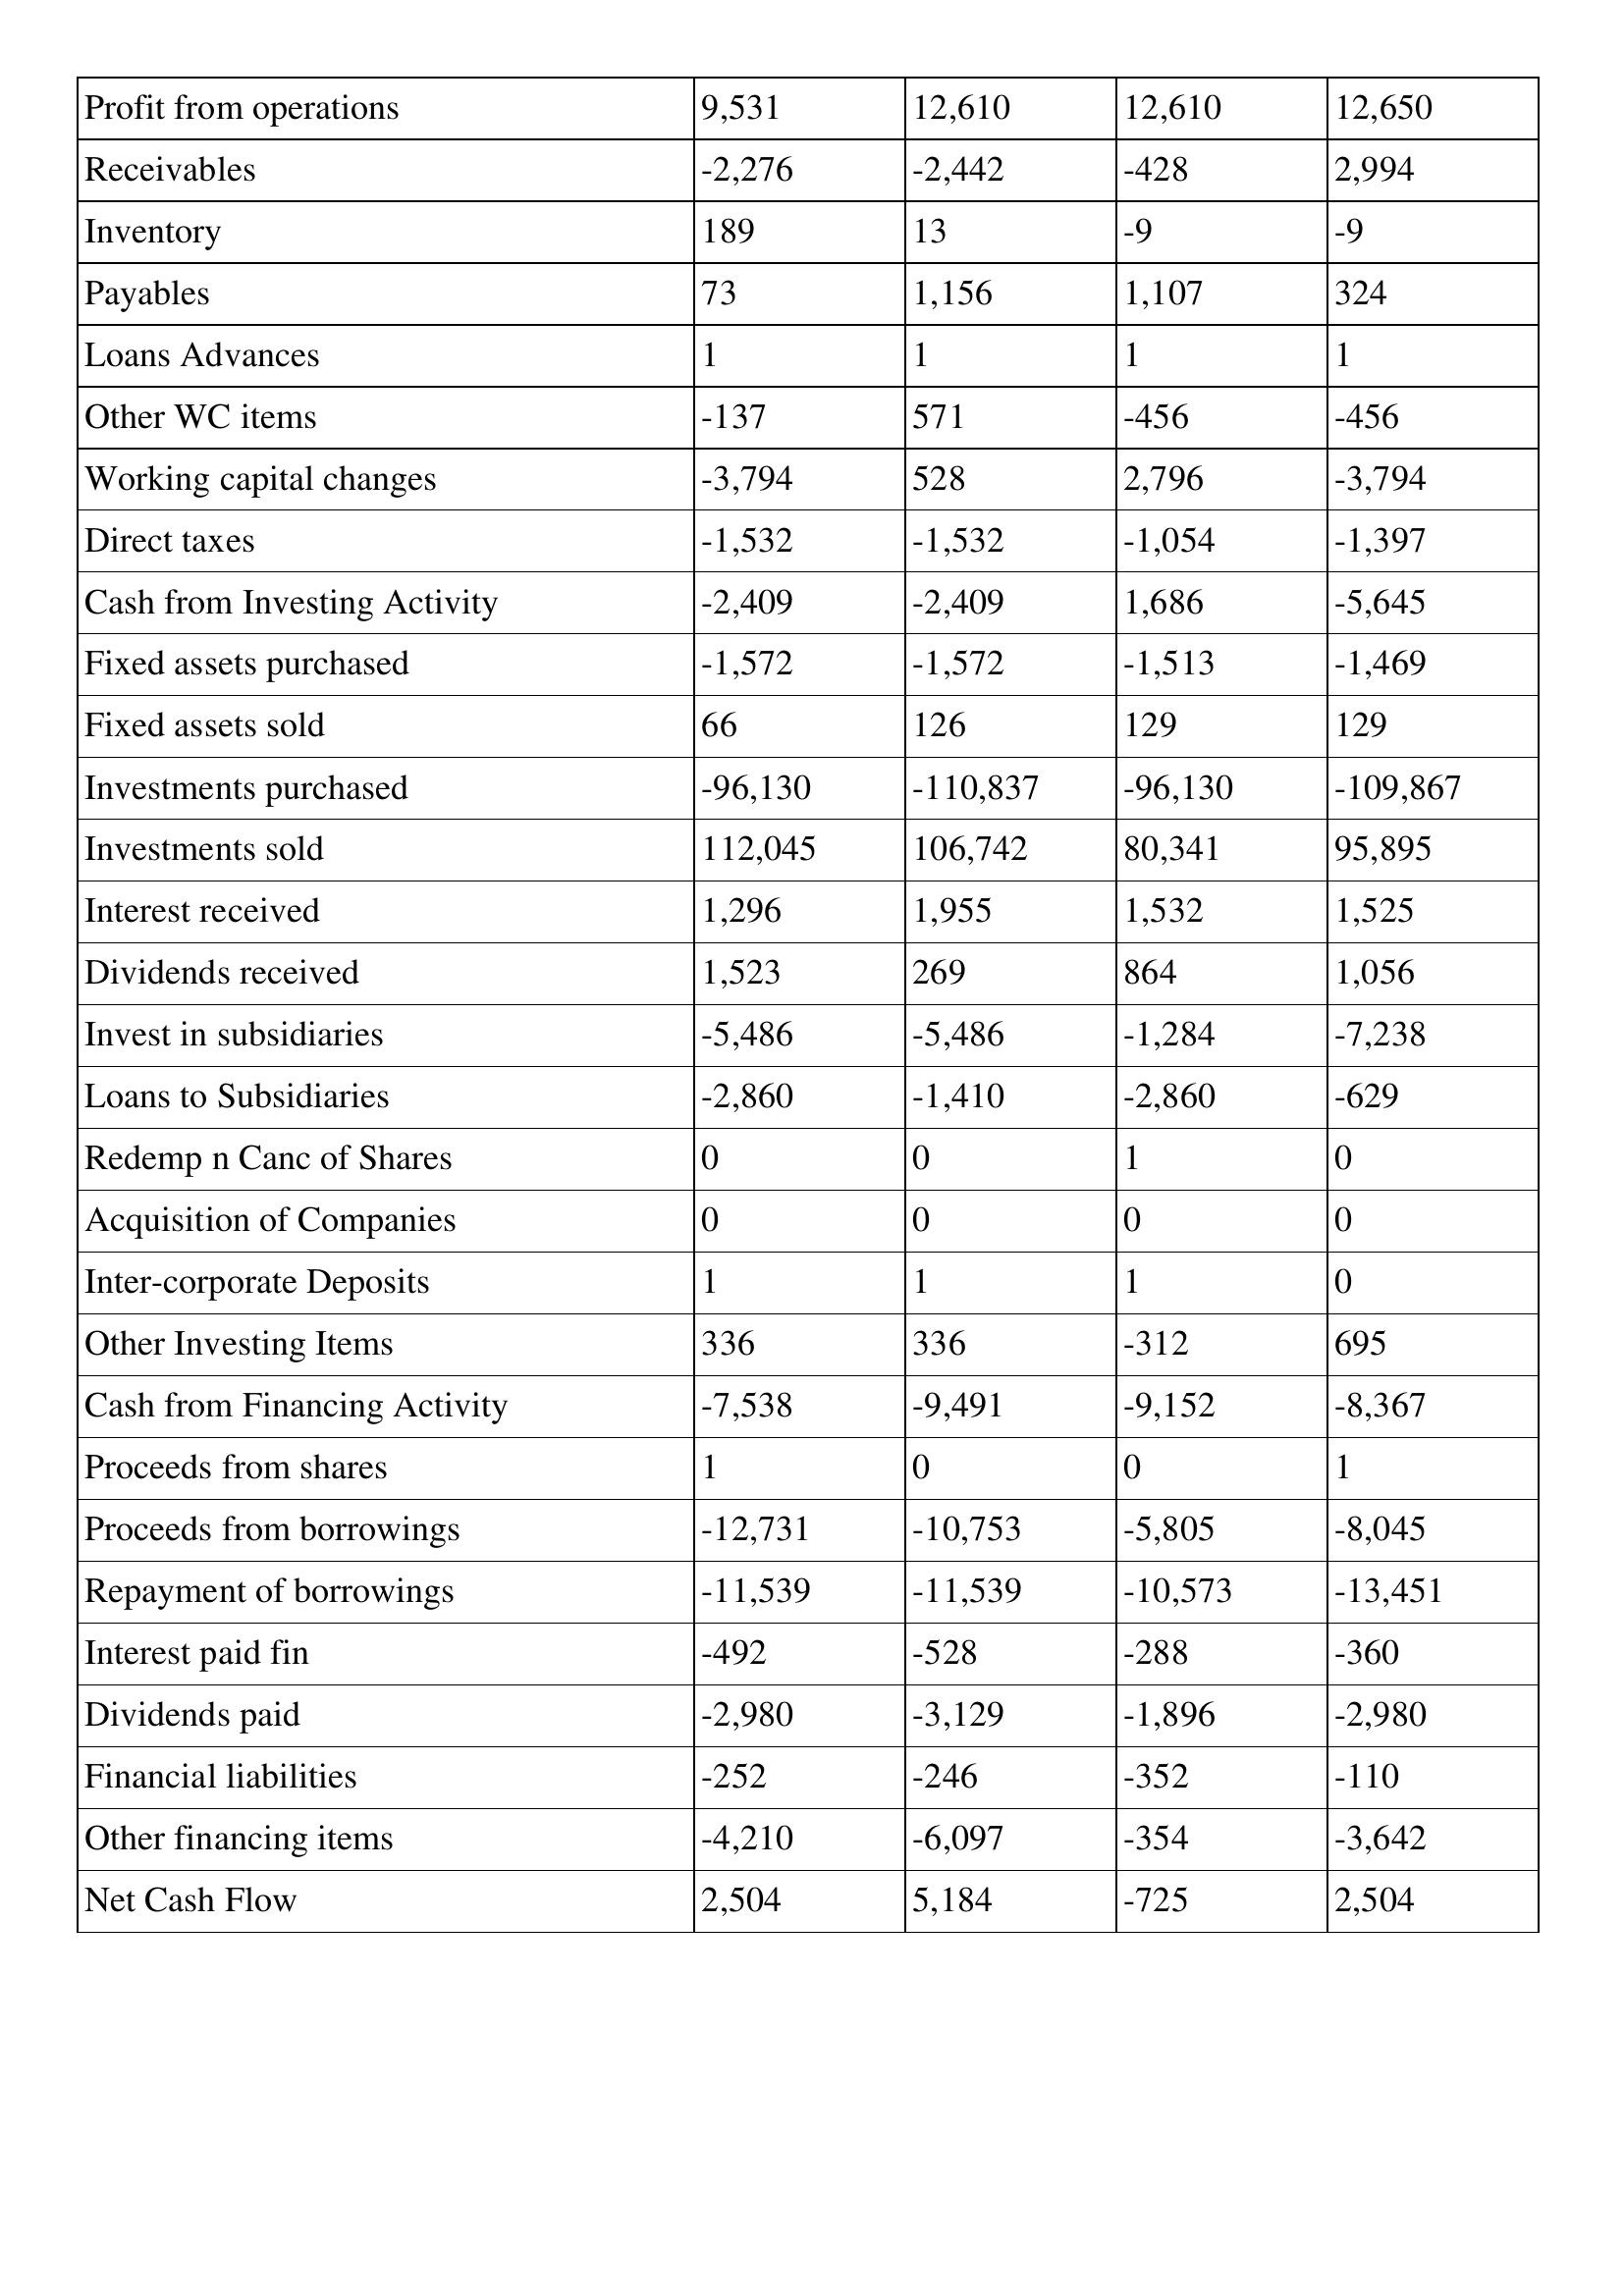
gt_parse: 2004: Cash Flows: Profit from operations: 9,531
Receivables: -2,276
Inventory: 189
Payables: 73
Loans Advances: 1
Other WC items: -137
Working capital changes: -3,794
Direct taxes: -1,532
Cash from Investing Activity: -2,409
Fixed assets purchased: -1,572
Fixed assets sold: 66
Investments purchased: -96,130
Investments sold: 112,045
Interest received: 1,296
Dividends received: 1,523
Invest in subsidiaries: -5,486
Loans to Subsidiaries: -2,860
Redemp n Canc of Shares: 0
Acquisition of Companies: 0
Inter-corporate Deposits: 1
Other Investing Items: 336
Cash from Financing Activity: -7,538
Proceeds from shares: 1
Proceeds from borrowings: -12,731
Repayment of borrowings: -11,539
Interest paid fin: -492
Dividends paid: -2,980
Financial liabilities: -252
Other financing items: -4,210
Net Cash Flow: 2,504
2003: Cash Flows: Profit from operations: 12,610
Receivables: -2,442
Inventory: 13
Payables: 1,156
Loans Advances: 1
Other WC items: 571
Working capital changes: 528
Direct taxes: -1,532
Cash from Investing Activity: -2,409
Fixed assets purchased: -1,572
Fixed assets sold: 126
Investments purchased: -110,837
Investments sold: 106,742
Interest received: 1,955
Dividends received: 269
Invest in subsidiaries: -5,486
Loans to Subsidiaries: -1,410
Redemp n Canc of Shares: 0
Acquisition of Companies: 0
Inter-corporate Deposits: 1
Other Investing Items: 336
Cash from Financing Activity: -9,491
Proceeds from shares: 0
Proceeds from borrowings: -10,753
Repayment of borrowings: -11,539
Interest paid fin: -528
Dividends paid: -3,129
Financial liabilities: -246
Other financing items: -6,097
Net Cash Flow: 5,184
2002: Cash Flows: Profit from operations: 12,610
Receivables: -428
Inventory: -9
Payables: 1,107
Loans Advances: 1
Other WC items: -456
Working capital changes: 2,796
Direct taxes: -1,054
Cash from Investing Activity: 1,686
Fixed assets purchased: -1,513
Fixed assets sold: 129
Investments purchased: -96,130
Investments sold: 80,341
Interest received: 1,532
Dividends received: 864
Invest in subsidiaries: -1,284
Loans to Subsidiaries: -2,860
Redemp n Canc of Shares: 1
Acquisition of Companies: 0
Inter-corporate Deposits: 1
Other Investing Items: -312
Cash from Financing Activity: -9,152
Proceeds from shares: 0
Proceeds from borrowings: -5,805
Repayment of borrowings: -10,573
Interest paid fin: -288
Dividends paid: -1,896
Financial liabilities: -352
Other financing items: -354
Net Cash Flow: -725
2001: Cash Flows: Profit from operations: 12,650
Receivables: 2,994
Inventory: -9
Payables: 324
Loans Advances: 1
Other WC items: -456
Working capital changes: -3,794
Direct taxes: -1,397
Cash from Investing Activity: -5,645
Fixed assets purchased: -1,469
Fixed assets sold: 129
Investments purchased: -109,867
Investments sold: 95,895
Interest received: 1,525
Dividends received: 1,056
Invest in subsidiaries: -7,238
Loans to Subsidiaries: -629
Redemp n Canc of Shares: 0
Acquisition of Companies: 0
Inter-corporate Deposits: 0
Other Investing Items: 695
Cash from Financing Activity: -8,367
Proceeds from shares: 1
Proceeds from borrowings: -8,045
Repayment of borrowings: -13,451
Interest paid fin: -360
Dividends paid: -2,980
Financial liabilities: -110
Other financing items: -3,642
Net Cash Flow: 2,504